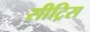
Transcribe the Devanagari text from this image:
सीट्रिस